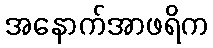
အနောက်အာဖရိက